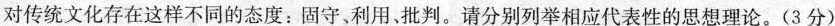
对传统文化存在这样不同的态度：固守、利用、批判。请分别列举相应代表性的思想理论。(3分)